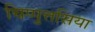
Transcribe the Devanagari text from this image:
चिप्पुत्तसिया